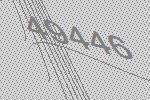
49446